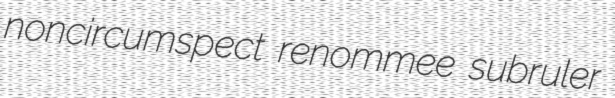
noncircumspect renommee subruler